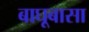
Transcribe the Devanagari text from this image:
बाघूबासा